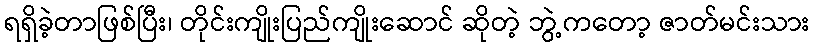
ရရှိခဲ့တာဖြစ်ပြီး၊ တိုင်းကျိုးပြည်ကျိုးဆောင် ဆိုတဲ့ ဘွဲ့ကတော့ ဇာတ်မင်းသား